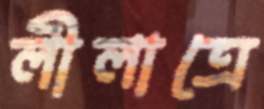
লীলাত্রে